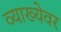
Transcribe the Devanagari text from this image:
व्याख्येवर